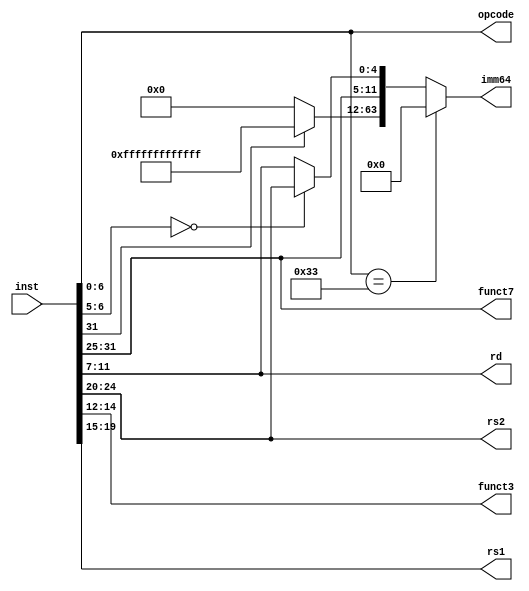
/*-----------------------------------------------------------------------------

4190.308-001 Computer Architecture

Instructor: Prof. Jae W. Lee (jaewlee@snu.ac.kr)

Homework #3: RISC-V Pipeline in Verilog

Description:
	Instruction decoding unit.

-----------------------------------------------------------------------------*/

module inst_decoder
(
	input [31:0] inst,

	output [6:0] opcode,
	output [2:0] funct3,
	output [6:0] funct7,

	output [4:0] rs1,
	output [4:0] rs2,
	output [4:0] rd,

	output [63:0] imm64
);

	wire [51:0] sign_extended;

	//Unchanged across instruction type
	assign opcode = inst[6:0];
	assign funct3 = inst[14:12];
	assign funct7 = inst[31:25];

	assign rs1 = inst[19:15];
	assign rs2 = inst[24:20];
	assign rd = inst[11:7];


	//OPcode
	//R, I, S, U
	//I: 31:20 Sext
	//S: 31:25 - 11:7 Sext
	
	//0110011(R): Add, Sub, And, Or, Xor, Slt, Sltu, SRA
	//0010011(I): Addi, Andi, Ori, Xori, Slti, Sltiu
	//0000011(I): LW
	//0100011(S): SW
	//1100011(S): Beq, Bne, Blt, Bge, Bltu, Bgeu

	assign sign_extended = inst[31] ? 52'hfffffffffffff : 52'h0;
	assign imm64 =	((opcode == 7'b0110011) ? 64'h0 : 				//R type (IMM = DC)
			((opcode[6:5] == 2'b00) ? {sign_extended, inst[31:20]} :	//I type
			{sign_extended, inst[31:25], inst[11:7]}));			//SW: S type, I-imm
	
endmodule